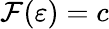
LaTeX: \mathcal{F}(\varepsilon)=c